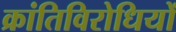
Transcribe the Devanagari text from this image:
क्रांतिविरोधियों